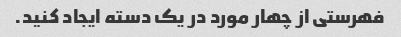
فهرستی از چهار مورد در یک دسته ایجاد کنید.